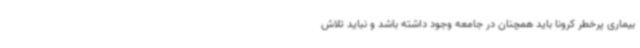
بیماری پرخطر کرونا باید همچنان در جامعه وجود داشته باشد و نباید تلاش